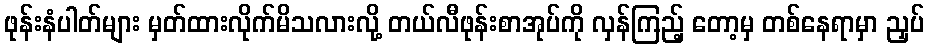
ဖုန်းနံပါတ်များ မှတ်ထားလိုက်မိသလားလို့ တယ်လီဖုန်းစာအုပ်ကို လှန်ကြည့် တော့မှ တစ်နေရာမှာ ညှပ်